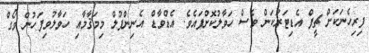
ފިރިހެނަކަށް ޗީފް އެޑިޓަރުކަން ވެސް ހަވާލުކޮށްފައެވެ. އެޑްވާޑް އެނިންފުލް މިމަޤާމާއި ހަވާލުވިފަހުން ވޯގް